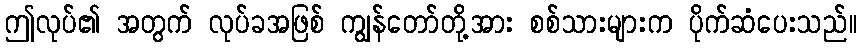
ဤလုပ်၏ အတွက် လုပ်ခအဖြစ် ကျွန်တော်တို့အား စစ်သားများက ပိုက်ဆံပေးသည်။